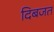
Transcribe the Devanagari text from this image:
दिबजत